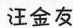
汪金友